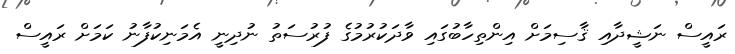
ރައީސް ނަޝީދާއި ޤާސިމަށް އިންތިހާބުގައި ވާދަކުރުމުގެ ފުރުސަތު ނުދިނީ އެމަނިކުފާނު ކަމަށް ރައީސް